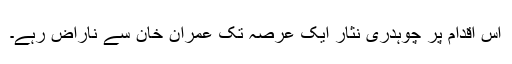
اس اقدام پر چوہدری نثار ایک عرصہ تک عمران خان سے ناراض رہے۔